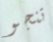
تنجو